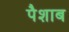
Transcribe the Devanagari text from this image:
पैशाब